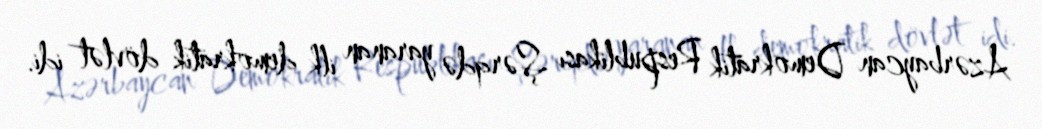
Azərbaycan Demokratik Respublikası Şərqdə yaranan ilk demokratik dövlət idi.